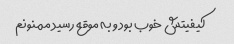
کیفیتش خوب بود و به موقع رسید ممنونم